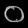
Digit: ၀